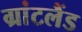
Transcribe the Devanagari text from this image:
ग्रांटलैंड